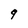
Character: q